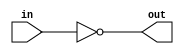
module bt (
           out,
           in
           );
   input [7:0]  in;
   output [7:0] out;
   wire [7:0]   out = ~in;
endmodule